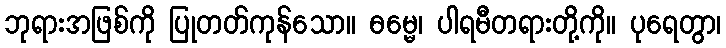
ဘုရားအဖြစ်ကို ပြုတတ်ကုန်သော။ ဓမ္မေ၊ ပါရမီတရားတို့ကို။ ပုရေတွာ၊